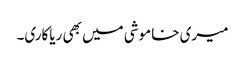
میری خاموشی میں بھی ریاکاری۔